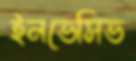
ইনভেসিভ